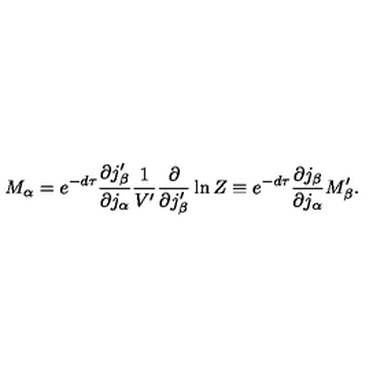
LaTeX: M _ { \alpha } = e ^ { - d \tau } \frac { \partial j _ { \beta } ^ { \prime } } { \partial j _ { \alpha } } \frac { 1 } { V ^ { \prime } } \frac { \partial } { \partial j _ { \beta } ^ { \prime } } \ln Z \equiv e ^ { - d \tau } \frac { \partial j _ { \beta } } { \partial j _ { \alpha } } M _ { \beta } ^ { \prime } .